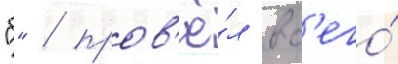
"б" / пров'ё́л вс'его́